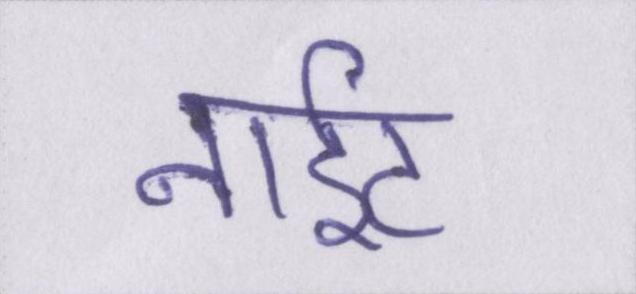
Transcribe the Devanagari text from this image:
नाईट